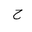
Letter: _ha